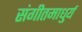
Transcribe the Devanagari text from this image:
संगीतमाधुर्य